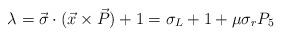
LaTeX: \begin{align*}\lambda=\vec{\sigma}\cdot(\vec{x}\times \vec{P})+1=\sigma_{L}+1+\mu\sigma_{r}P_{5}\end{align*}